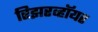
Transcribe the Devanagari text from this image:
रिझरव्हॉयर